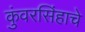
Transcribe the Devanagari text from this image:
कुंवरसिंहाचे